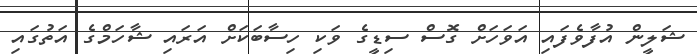
ޝަލީން އުފާވެފައި އަވަހަށް ގޮސް ސިޑީގެ ވަކި ހިސާބަކަށް އަރައި ޝާހަމްގެ އަތުގައި